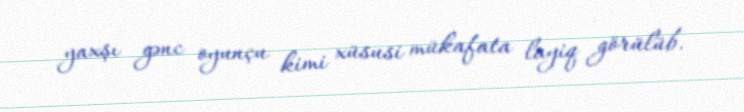
yaxşı gənc oyunçu kimi xüsusi mükafata layiq görülüb.